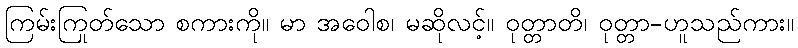
ကြမ်းကြုတ်သော စကားကို။ မာ အဝေါစ၊ မဆိုလင့်။ ဝုတ္တာတိ၊ ဝုတ္တာ-ဟူသည်ကား။